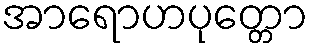
အာရောဟပုတ္တော